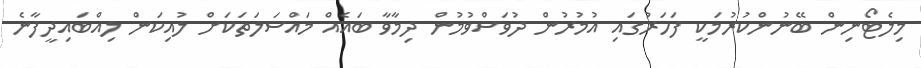
މިލެޓޯނިން ބޭނުންކުރުމަކީ ފަހަރުގައި އުމުރުން ދުވަސްވުމުން ދިމާވާ ބައެއް މައްސަލަތަކަށް ލުއިކަން ލިއްބައިދީފާނެ